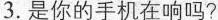
3.是你的手机在响吗?